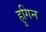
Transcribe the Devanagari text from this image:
हुगिन